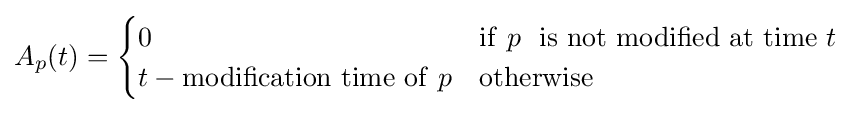
A_{p}(t)={\begin{cases}0&{\rm {if}}~p~{\rm {~is~not~modified~at~time}}~t\\t-{\rm {modification~time~of}}~p&{\rm {otherwise}}\end{cases}}